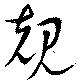
規